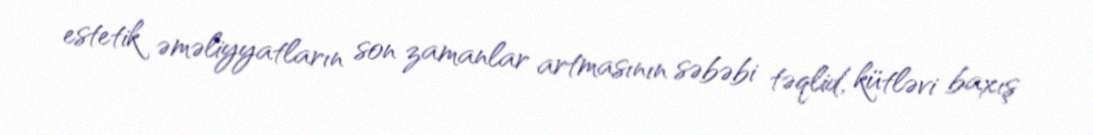
estetik əməliyyatların son zamanlar artmasının səbəbi təqlid, kütləvi baxış